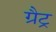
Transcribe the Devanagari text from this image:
ग्रैट्र